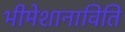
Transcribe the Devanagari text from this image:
भीमेशानाविति